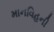
માનવિહની